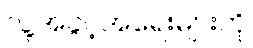
လူ့အခွင့်အရေးများကို